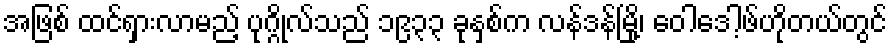
အဖြစ် ထင်ရှားလာမည့် ပုဂ္ဂိုလ်သည် ၁၉၃၃ ခုနှစ်က လန်ဒန်မြို့၊ ဝေါဒေါ့ဖ်ဟိုတယ်တွင်